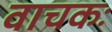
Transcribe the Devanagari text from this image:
वाचकः